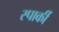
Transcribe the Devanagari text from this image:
स्पार्की